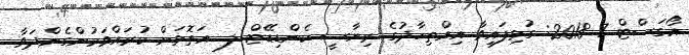
އޯގަސްޓް 7 2018: ގުޅިފައިވާ އިއްތިހާދުގެ ރިޔާސީ ކެންޑިޑޭޓް ލ. އަތޮޅަށް ކުރައްވަމުންގެންދަވާ